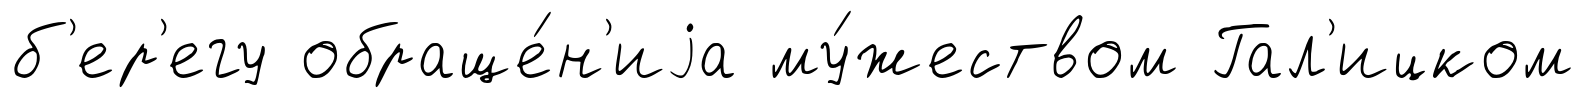
б'ер'егу обраще́н'иjа му́жеством Гал'ицком